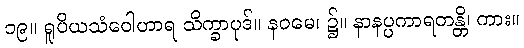
၁၉။ ရူပိယသံဝေါဟာရ သိက္ခာပုဒ်။ နဝမေ၊ ၌။ နာနပ္ပကာရတန္တိ၊ ကား။